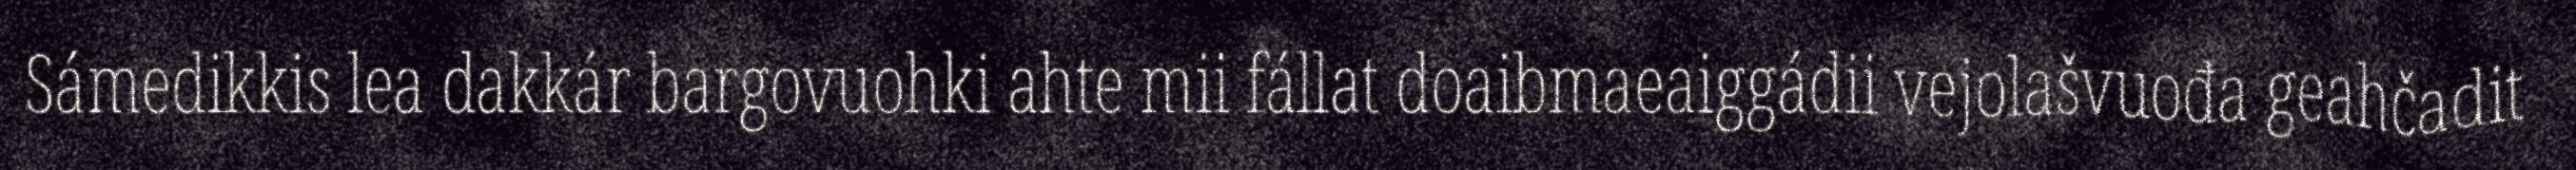
Sámedikkis lea dakkár bargovuohki ahte mii fállat doaibmaeaiggádii vejolašvuođa geahčadit